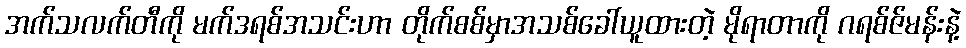
အက်သလက်တီကို မက်ဒရစ်အသင်းဟာ တိုက်စစ်မှာအသစ်ခေါ်ယူထားတဲ့ မိုရာတာကို ဂရစ်ဇ်မန်းနဲ့